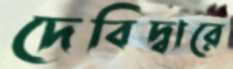
দেবিদ্বারে